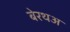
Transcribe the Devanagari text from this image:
बेरथअ